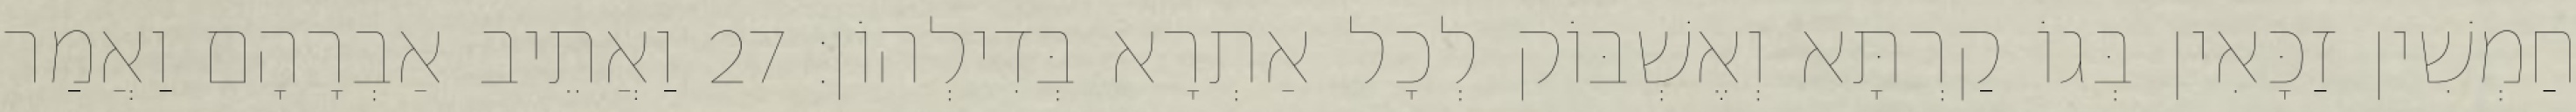
חַמְשִׁין זַכָּאִין בְּגוֹ קַרְתָּא וְאֶשְׁבּוֹק לְכָל אַתְרָא בְּדִילְהוֹן׃ 27 וַאֲתֵיב אַבְרָהָם וַאֲמַר